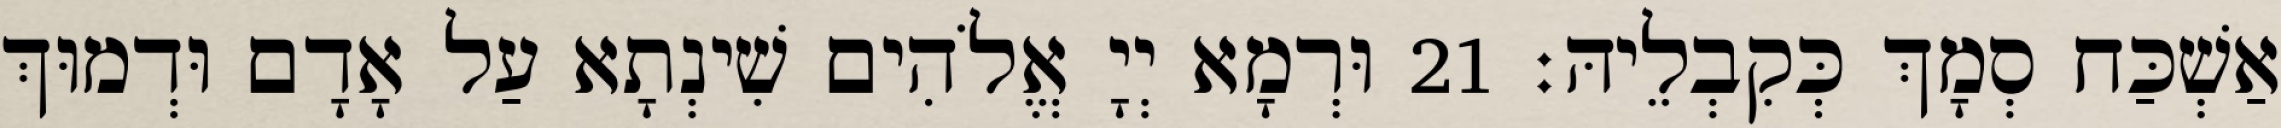
אַשְׁכַּח סְמָךְ כְּקִבְלֵיהּ׃ 21 וּרְמָא יְיָ אֱלֹהִים שִׁינְתָא עַל אָדָם וּדְמוּךְ